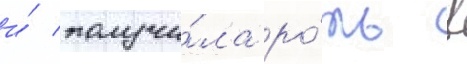
и́ получи́ла ро́ль в